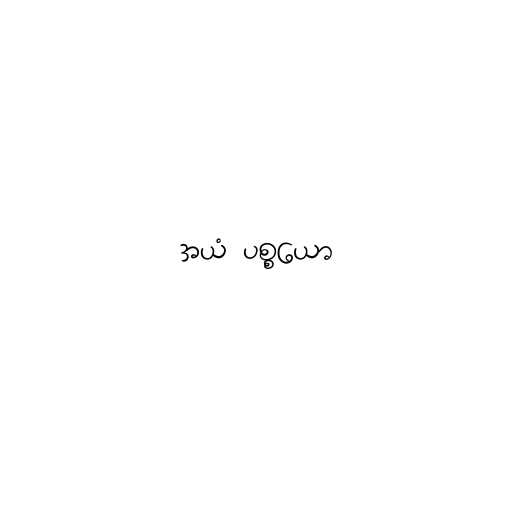
အယံ ပစ္စယော